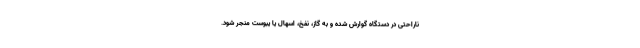
ناراحتی در دستگاه گوارش شده و به گاز، نفخ، اسهال یا یبوست منجر شود.